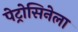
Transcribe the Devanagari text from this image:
पेट्रोसिनेला